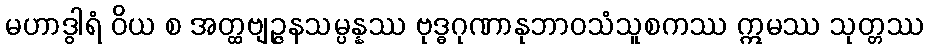
မဟာဒွါရံ ဝိယ စ အတ္ထဗျဉ္ဇနသမ္ပန္နဿ ဗုဒ္ဓဂုဏာနုဘာဝသံသူစကဿ ဣမဿ သုတ္တဿ